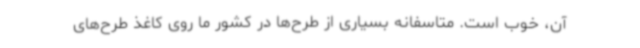
آن، خوب است. متاسفانه بسیاری از طرح‌ها در کشور ما روی کاغذ طرح‌های